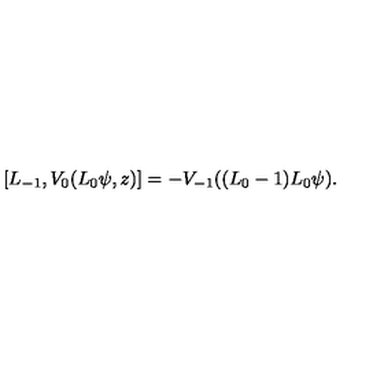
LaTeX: [ L _ { - 1 } , V _ { 0 } ( L _ { 0 } \psi , z ) ] = - V _ { - 1 } ( ( L _ { 0 } - 1 ) L _ { 0 } \psi ) .